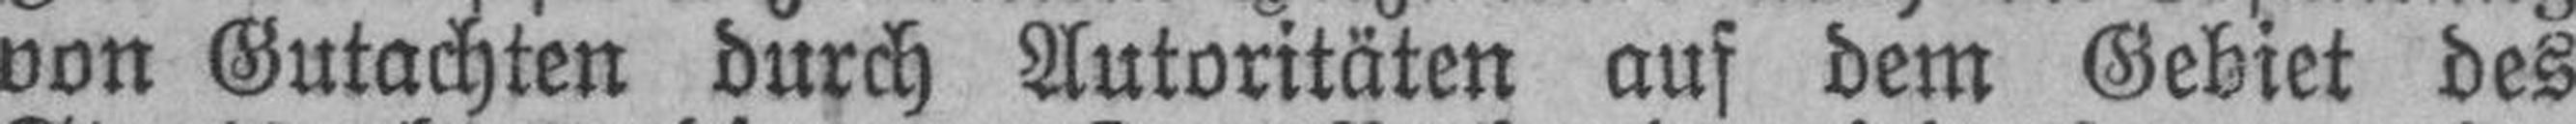
von Gutachten durch Autoritäten auf dem Gebiet des